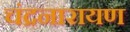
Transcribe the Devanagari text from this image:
चंद्रनारायण